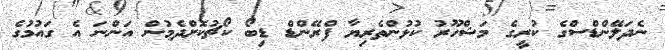
ނެދަލޭންޑްސްގެ ކުރީގެ މަޝްހޫރު ކުޅުންތެރިޔާ ފްރޭންޑް ޑިބޯ ކޯޗުކޮށްދެމުން އަންނަ އެ ގައުމުގެ